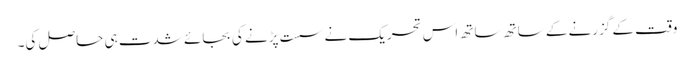
وقت کے گزرنے کے ساتھ ساتھ اس تحریک نے سست پڑنے کی بجائے شدت ہی حاصل کی۔